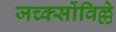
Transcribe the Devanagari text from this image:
जच्क्सोंविल्ले